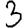
Digit: 3